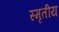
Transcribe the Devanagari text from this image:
स्मृतीय